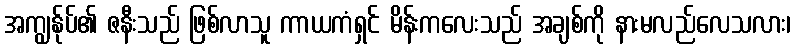
အကျွန်ုပ်၏ ဇနီးသည် ဖြစ်လာသူ ကာယကံရှင် မိန်းကလေးသည် အချစ်ကို နားမလည်လေသလား၊